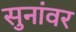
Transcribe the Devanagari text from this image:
सुनांवर